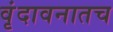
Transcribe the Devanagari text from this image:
वृंदावनातच